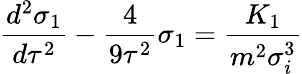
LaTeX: \frac{d^{2}\sigma_{1}}{d\tau^{2}}-\frac 4{9\tau^{2}}\sigma_{1}=\frac{K_{1}}{m^{2}\sigma_{i}^{3}}